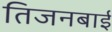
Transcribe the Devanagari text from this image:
तिजनबाई